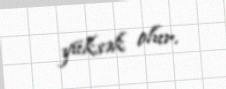
yüksək olur.